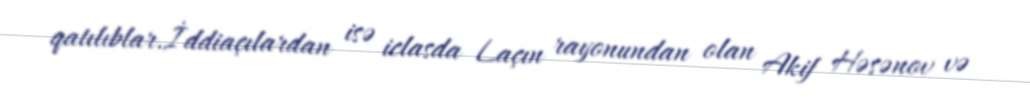
qatılıblar.İddiaçılardan isə iclasda Laçın rayonundan olan Akif Həsənov və